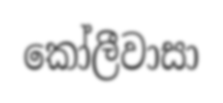
කෝලීවාසා